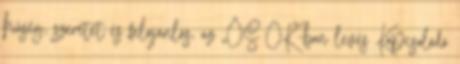
hűség, szeretet és felajánlás, az „ŐS OK”-ban levés Kapcsolódó